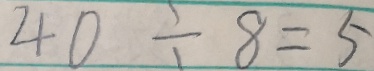
4 0 \div 8 = 5